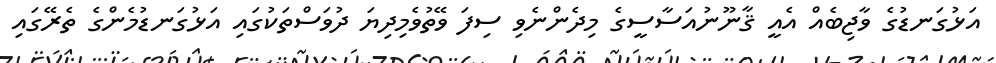
އަޅުގަނޑުގެ ވާޖިބެއް އެއީ ޤާނޫނުއަސާސީގެ މިދެންނެވި ސިފަ ވޭތުވެމިދިޔަ ދުވަސްތަކުގައި އަޅުގަނޑުމެންގެ ތެރޭގައި